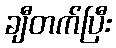
ချီတက်ပြီး